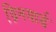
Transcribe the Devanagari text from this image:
ग्रिनयार्ड